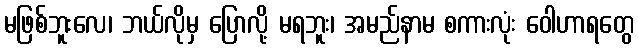
မဖြစ်ဘူးလေ၊ ဘယ်လိုမှ ပြောလို့ မရဘူး၊ အမည်နာမ စကားလုံး ဝေါဟာရတွေ